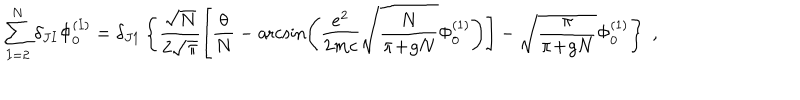
\sum _ { I = 2 } ^ { N } \delta _ { J I } \Phi _ { 0 } ^ { ( I ) } = \delta _ { J 1 } \left\{ \frac { \sqrt { N } } { 2 \sqrt { \pi } } \left[ \frac { \theta } { N } - \operatorname { a r c s i n } \left( \frac { e ^ { 2 } } { 2 m c } \sqrt { \frac { N } { \pi \! + \! g N } } \Phi _ { 0 } ^ { ( 1 ) } \right) \right] - \sqrt { \frac { \pi } { \pi \! + \! g N } } \Phi _ { 0 } ^ { ( 1 ) } \right\} \; ,